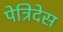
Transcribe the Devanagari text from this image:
पेत्रिदेस